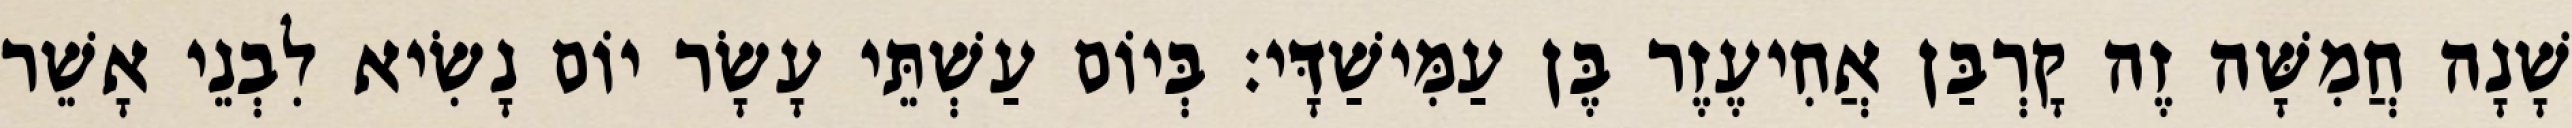
שָׁנָה חֲמִשָּׁה זֶה קָרְבַּן אֲחִיעֶזֶר בֶּן עַמִּישַׁדָּי׃ בְּיוֹם עַשְׁתֵּי עָשָׂר יוֹם נָשִׂיא לִבְנֵי אָשֵׁר